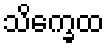
သိက္ခေထ